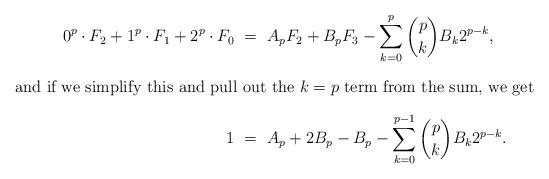
LaTeX: \begin{align*}0^p\cdot F_2 + 1^p\cdot F_1 + 2^p\cdot F_0 \ &= \ A_p F_2 + B_p F_3 - \sum_{k=0}^p \binom{p}{k} B_k 2^{p-k}, \intertext{and if we simplify this and pull out the $k=p$ term from the sum, we get }1 \ &= \ A_p + 2B_p - B_p - \sum_{k=0}^{p-1} \binom{p}{k} B_k 2^{p-k}.\end{align*}